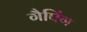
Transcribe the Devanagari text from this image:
गैपिंग